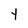
Character: Y